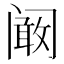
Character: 阚